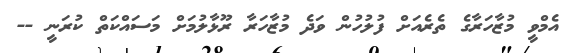
އެމްވީ މުޒާހަރާގެ ތެރެއަށް ފުލުހުން ވަދެ މުޒާހަރާ ރޫޅާލުމަށް މަސައްކަތް ކުރަނީ --